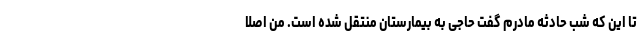
تا این که شب حادثه مادرم گفت حاجی به بیمارستان منتقل شده است. من اصلا